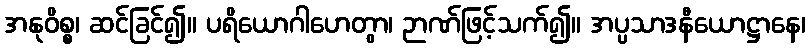
အနုဝိစ္စ၊ ဆင်ခြင်၍။ ပရိယောဂါဟေတွာ၊ ဉာဏ်ဖြင့်သက်၍။ အပ္ပသာဒနီယောဋ္ဌာနေ၊